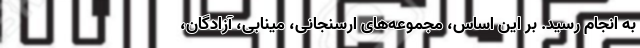
به انجام رسید. بر این اساس، مجموعه‌های ارسنجانی، مینابی، آزادگان،